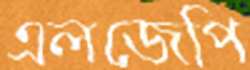
এলজেপি